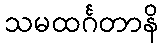
သမထင်္ဂတာနိ